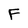
Character: F